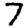
Digit: 7